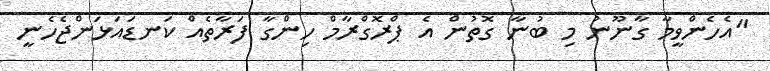
"އެހެންވީމާ ގާނޫނު މި ބުނާ ގޮތުން އެ ޕްރޮގްރާމް ހިންގާ ފަރާތެއް ކަނޑައަޅަންޖެހެނީ